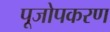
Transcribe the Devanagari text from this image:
पूजोपकरण